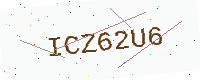
Text: ICZ62U6